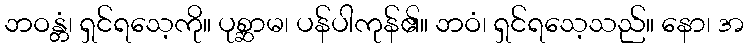
ဘဝန္တံ၊ ရှင်ရသေ့ကို။ ပုစ္ဆာမ၊ ပန်ပါကုန်၏။ ဘဝံ၊ ရှင်ရသေ့သည်။ နော၊ အ